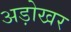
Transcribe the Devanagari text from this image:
अड़ोखर